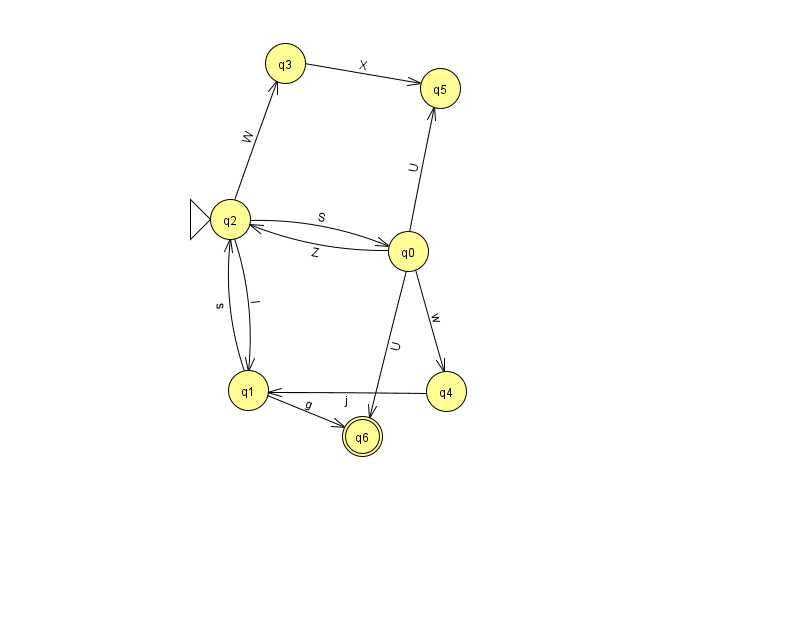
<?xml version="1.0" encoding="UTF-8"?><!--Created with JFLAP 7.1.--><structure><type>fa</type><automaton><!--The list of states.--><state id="0" name="q0"><x>408.0</x><y>238.0</y></state><state id="1" name="q1"><x>248.0</x><y>377.0</y></state><state id="2" name="q2"><x>230.0</x><y>206.0</y><initial/></state><state id="3" name="q3"><x>285.0</x><y>50.0</y></state><state id="4" name="q4"><x>446.0</x><y>378.0</y></state><state id="5" name="q5"><x>440.0</x><y>75.0</y></state><state id="6" name="q6"><x>362.0</x><y>423.0</y><final/></state><!--The list of transitions.--><transition><from>2</from><to>0</to><read>S</read></transition><transition><from>0</from><to>6</to><read>U</read></transition><transition><from>0</from><to>5</to><read>U</read></transition><transition><from>2</from><to>1</to><read>l</read></transition><transition><from>3</from><to>5</to><read>X</read></transition><transition><from>1</from><to>2</to><read>s</read></transition><transition><from>4</from><to>1</to><read>j</read></transition><transition><from>0</from><to>2</to><read>Z</read></transition><transition><from>2</from><to>3</to><read>W</read></transition><transition><from>1</from><to>6</to><read>g</read></transition><transition><from>0</from><to>4</to><read>w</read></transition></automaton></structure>